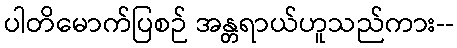
ပါတိမောက်ပြစဉ် အန္တရာယ်ဟူသည်ကား--